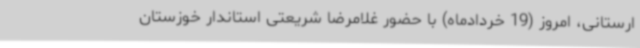
ارستانی، امروز (19 خردادماه) با حضور غلامرضا شریعتی استاندار خوزستان